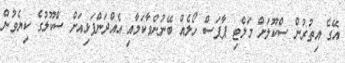
އޭގެ އިތުރުން ސްކޫލަށް މަލްޓި ޕާޕަސް ހޯލެއް ބޭނުންވާކަމާއި އެއްދަންފަޅިއަށް ސްކޫލުގެ ކިޔެވުން